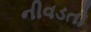
નીવડતો